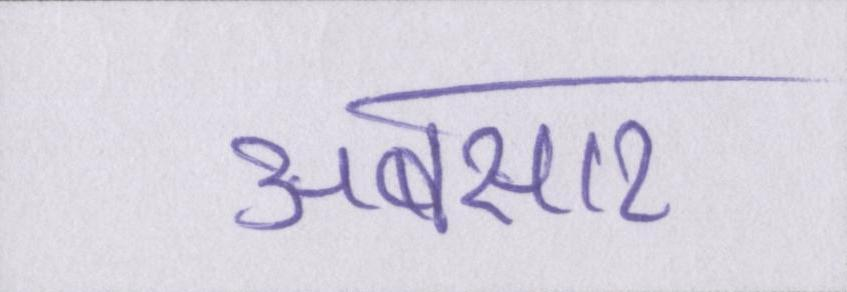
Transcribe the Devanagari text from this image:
अबसार